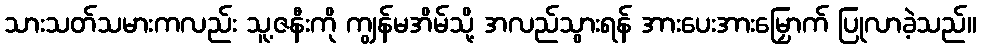
သားသတ်သမားကလည်း သူ့ဇနီးကို ကျွန်မအိမ်သို့ အလည်သွားရန် အားပေးအားမြှောက် ပြုလာခဲ့သည်။